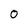
Character: 0